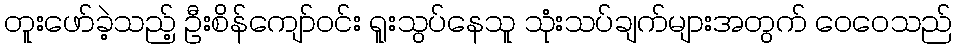
တူးဖော်ခဲ့သည့် ဦးစိန်ကျော်ဝင်း ရူးသွပ်နေသူ သုံးသပ်ချက်များအတွက် ဝေဝေသည်